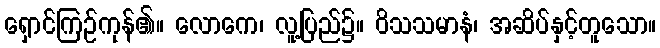
ရှောင်ကြဉ်ကုန်၏။ လောကေ၊ လူ့ပြည်၌။ ဝိသသမာနံ၊ အဆိပ်နှင့်တူသော။